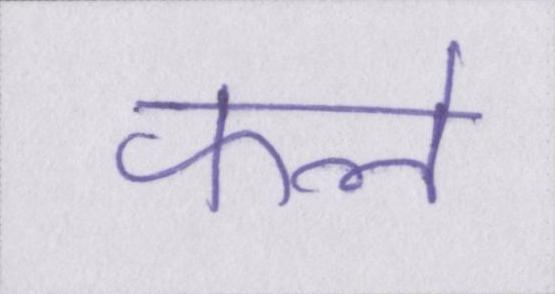
फले